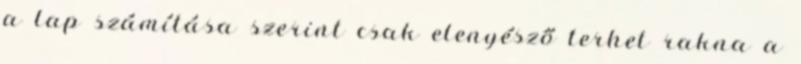
a lap számítása szerint csak elenyésző terhet rakna a